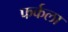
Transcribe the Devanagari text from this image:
फर्कला